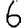
Digit: 6